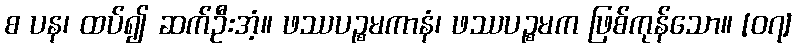
စ ပန၊ ထပ်၍ ဆက်ဦးအံ့။ ဖဿပဉ္စမကာနံ၊ ဖဿပဉ္စမက ဖြစ်ကုန်သော။ [၀၇]